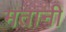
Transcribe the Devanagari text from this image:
मतानी